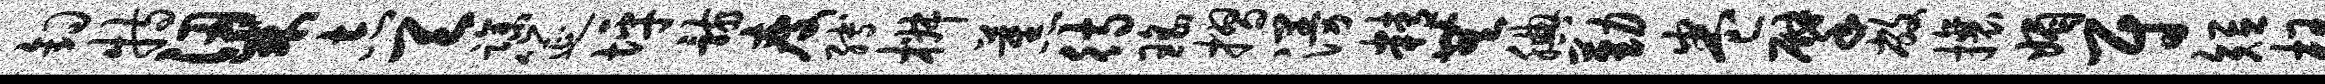
钩特梁志天躁筵坪骸瘦缚椒蕉待瑶摺漫精无腆勤卷擘敝攘媚尉短枉